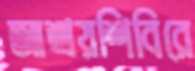
আশ্রয়শিবিরে